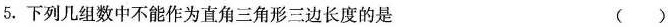
5.下列几组数中不能作为直角三角形三边长度的是 （ ）